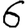
Digit: 6